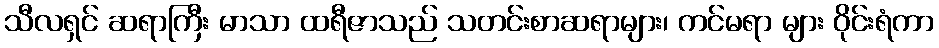
သီလရှင် ဆရာကြီး မာသာ ထရီဇာသည် သတင်းစာဆရာများ၊ ကင်မရာ များ ဝိုင်းရံကာ